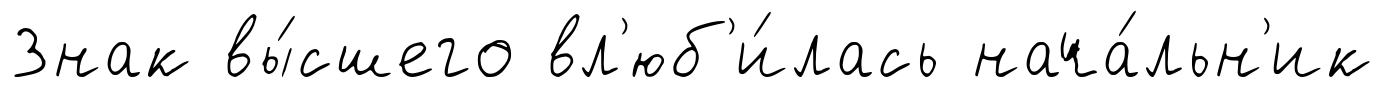
Знак вы́сшего вл'юб'и́лась нача́льн'ик